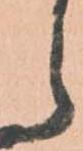
ら